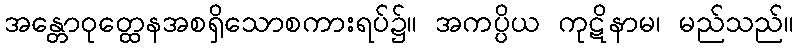
အန္တောဝုတ္ထေနအစရှိသောစကားရပ်၌။ အကပ္ပိယ ကုဋိနာမ၊ မည်သည်။